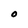
Character: o